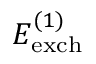
E _ { \mathrm { e x c h } } ^ { ( 1 ) }